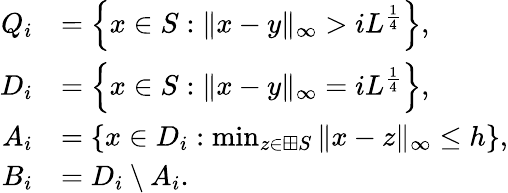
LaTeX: \begin{array}{rl}{Q_{i}}&{=\left\{ x\in S:\| x-y\| _{\infty}>iL^{\frac 14}\right\} ,}\\ {D_{i}}&{=\left\{ x\in S:\| x-y\| _{\infty}=iL^{\frac 14}\right\} ,}\\ {A_{i}}&{=\left\{ x\in D_{i}:\operatorname*{min}_{z\in\boxplus S}\| x-z\| _{\infty}\leq h\right\} ,}\\ {B_{i}}&{=D_{i}\setminus A_{i}.}\end{array}